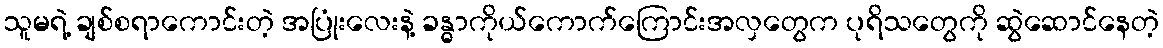
သူမရဲ့ ချစ်စရာကောင်းတဲ့ အပြုံးလေးနဲ့ ခန္ဓာကိုယ်ကောက်ကြောင်းအလှတွေက ပုရိသတွေကို ဆွဲဆောင်နေတဲ့